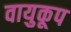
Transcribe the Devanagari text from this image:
वायुकूप